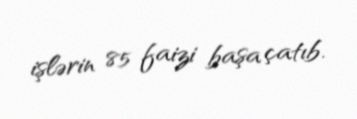
işlərin 85 faizi başa çatıb.